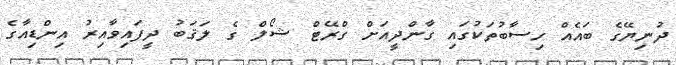
ދުނިޔޭގެ ބައެއް ހިސާބުތަކުގައި ގާންދީއަށް ގްރޭޓް ޝޯލް ގެ ލަޤަބު ދީފައިވާއިރު އިންޑިއާގެ